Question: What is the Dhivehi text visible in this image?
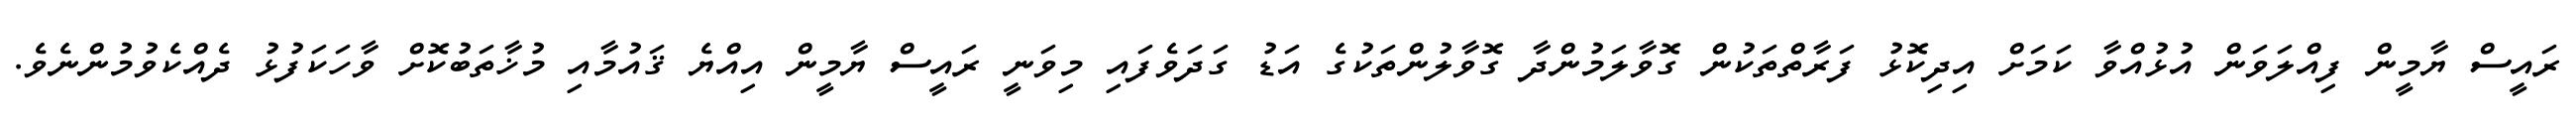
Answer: ރައީސް ޔާމީން ފިއްލަވަން އުޅުއްވާ ކަމަށް އިދިކޮޅު ފަރާތްތަކުން ގޮވާލަމުންދާ ގޮވާލުންތަކުގެ އަޑު ގަދަވެފައި މިވަނީ ރައީސް ޔާމީން އިއްޔެ ޤައުމާއި މުޚާތަބުކޮށް ވާހަކަފުޅު ދެއްކެވުމުންނެވެ.